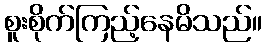
စူးစိုက်ကြည့်နေမိသည်။